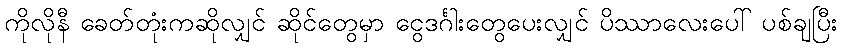
ကိုလိုနီ ခေတ်တုံးကဆိုလျှင် ဆိုင်တွေမှာ ငွေဒင်္ဂါးတွေပေးလျှင် ပိဿာလေးပေါ် ပစ်ချပြီး